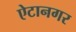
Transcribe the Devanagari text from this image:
ऐटानगर